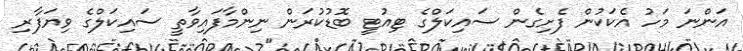
އަންނަ މަހު އެކަކުން ފެށިގެން ސައިކަލްގެ ޓިއުޓީ ބޮޑުކުރަން ނިންމާފައިވާތީ ސައިކަލްގެ ވިޔަފާރި